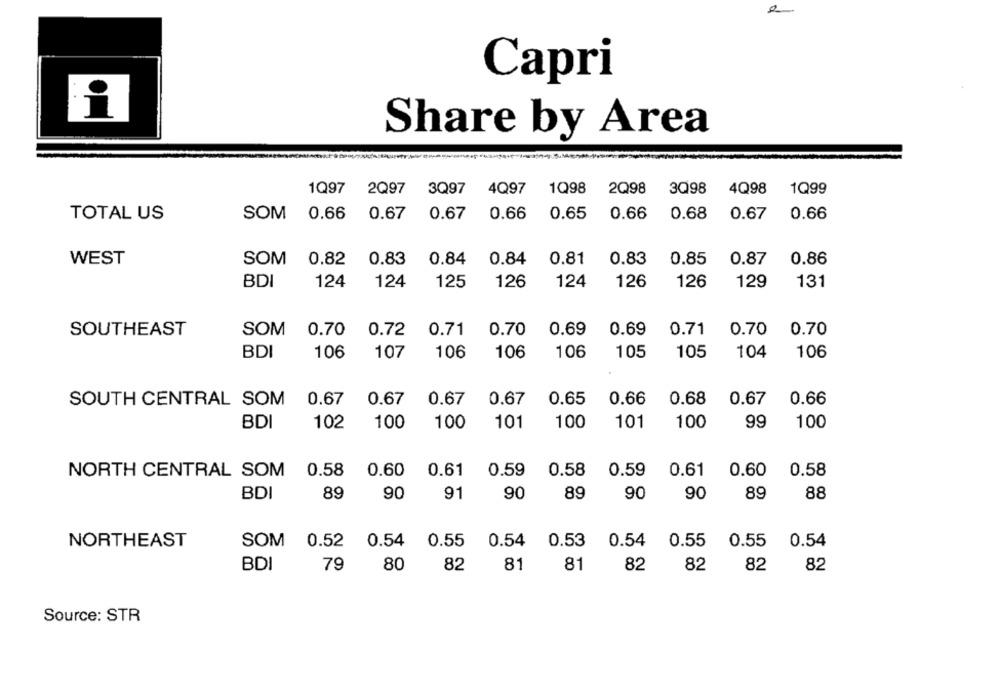
Capri
Share by Area
1Q97 2Q97 3Q97
4Q97 1Q98
2Q98
3Q98 4Q98
1Q99
0.66
0.65
0.66
0.68
0.67
0.66
TOTAL US
SOM
0.67 0.67
0.66
WEST
SOM
0.82
0.83
0.84
0.84
0.81
0.83
0.85
0.87
0.86
BDI
124
124
125
126
124
126
126
129
131
SOUTHEAST
SOM
0.70
0.72
0.71
0.70
0.69
0.69
0.71
0.70
0.70
105
105
104
BDI
106
107
106
106
106
106
SOUTH CENTRAL SOM
0.67
0.67
0.67
0.67
0.65
0.66
0.68
0.67
0.66
BDI
102
100
100
101
100
101
100
99
100
NORTH CENTRAL SOM
0.58
0.60
0.61
0.59
0.58
0.59
0.61
0.60
0.58
BDI
89
90
91
90
89
90
90
89
88
NORTHEAST
SOM
0.52
0.54
0.55
0.54
0.53
0.54
0.55
0.55
0.54
BDI
79
80
82
81
81
82
82
82
82
Source: STR